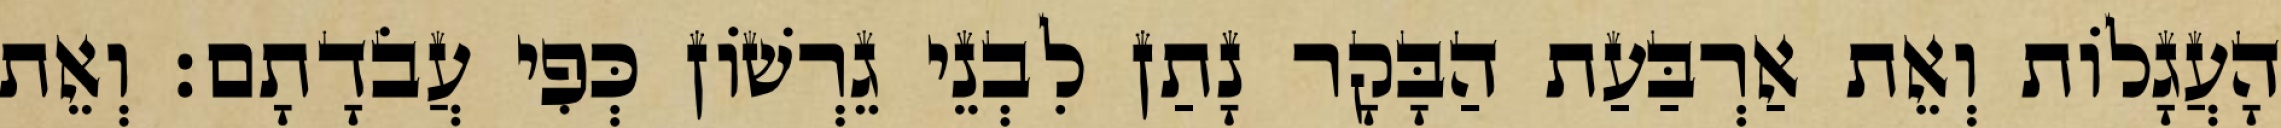
הָעֲגָלוֹת וְאֵת אַרְבַּעַת הַבָּקָר נָתַן לִבְנֵי גֵרְשׁוֹן כְּפִי עֲבֹדָתָם׃ וְאֵת